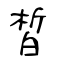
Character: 皙